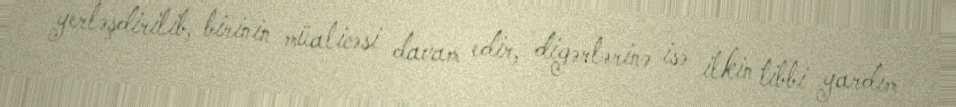
yerləşdirilib, birinin müalicəsi davam edir, digərlərinə isə ilkin tibbi yardım